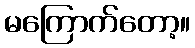
မကြောက်တော့။